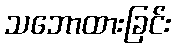
သဘောထားခြင်း